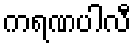
ကရဏပါလီ